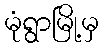
မုံရွာမြို့မှ